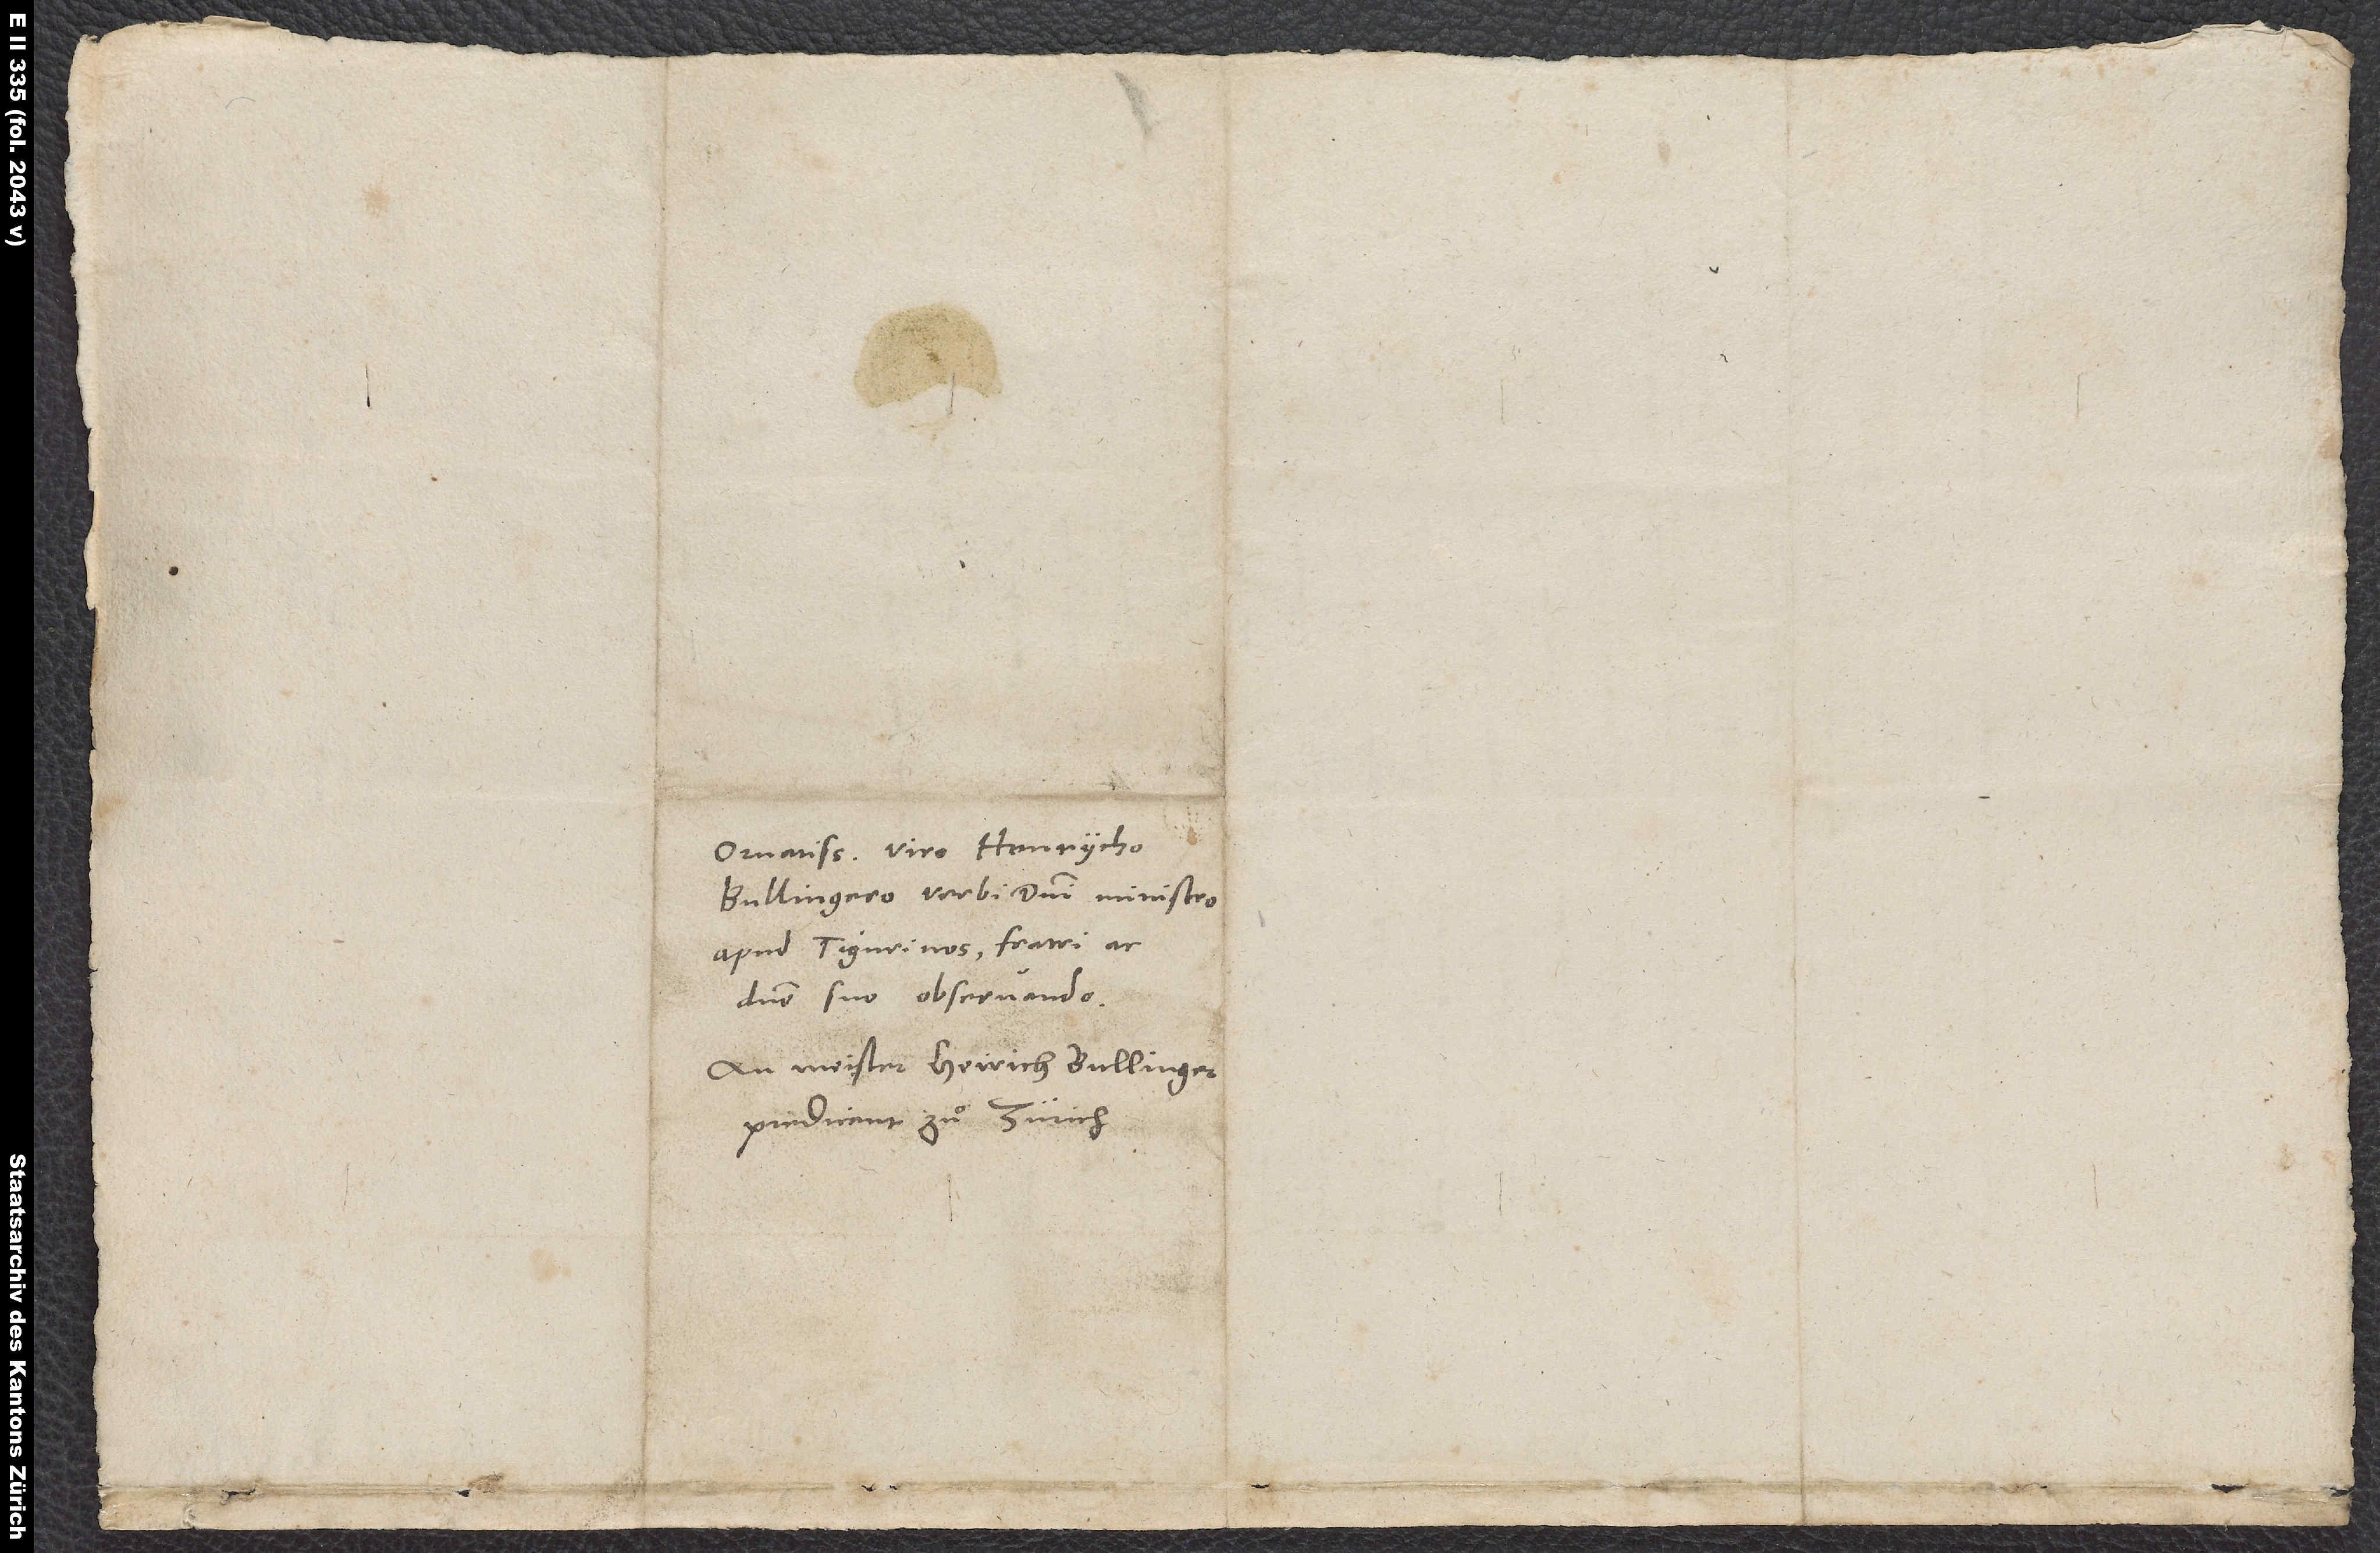
Ornatissimo viro Henrycho
Bullingero, verbi domini ministro
apud Tigurinos, fratri ac
domino suo observando.
An Meister Heirich Bullinger,
predicant zuͦ Zürich.